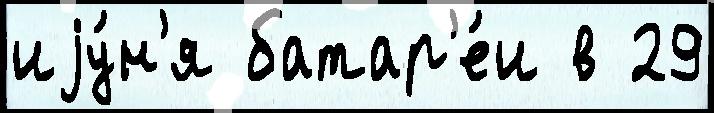
иjу́н'я батар'е́и в 29